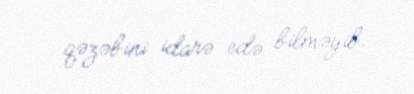
qəzəbini idarə edə bilməyib.